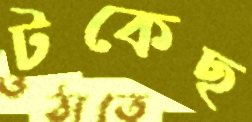
টকেছ